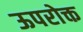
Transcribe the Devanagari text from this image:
ऊपरोक्त